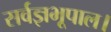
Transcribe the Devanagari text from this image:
सर्वज्ञभूपाल।